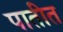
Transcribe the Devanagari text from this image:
पातीत